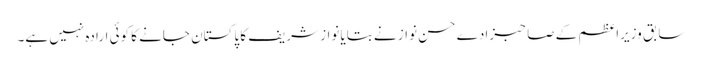
سابق وزیراعظم کے صاحبزادے حسن نواز نے بتایا نواز شریف کا پاکستان جانے کا کوئی ارادہ نہیں ہے۔